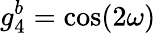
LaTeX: g_{4}^{b}=\cos(2\omega)